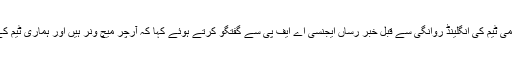
یونس خان نے قومی ٹیم کی انگلینڈ روانگی سے قبل خبر رساں ایجنسی اے ایف پی سے گفتگو کرتے ہوئے کہا کہ آرچر میچ ونر ہیں اور ہماری ٹیم کے لیے خطرہ ہیں۔